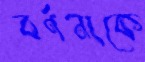
বর্ণনাকে